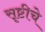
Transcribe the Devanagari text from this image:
सॄष्टीचे